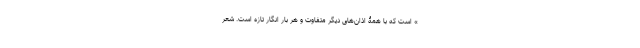
» است که با همۀ اذان‌های دیگر متفاوت و هر بار انگار تازه است. شعر